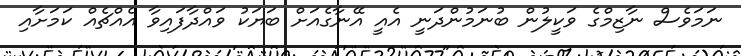
ނަމަވެސް ނާޒިމްގެ ވަކީލުން ބުނަމުންދަނީ އެއީ އޭނާގެއަށް ބަޔަކު ވައްދާފައިވާ އެއްޗެއް ކަމަށާއި